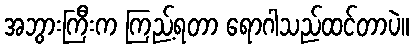
အဘွားကြီးက ကြည့်ရတာ ရောဂါသည်ထင်တာပဲ။